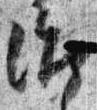
治